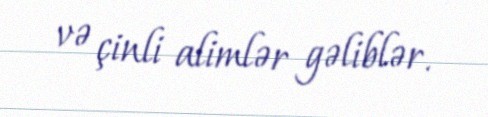
və çinli alimlər gəliblər.